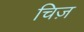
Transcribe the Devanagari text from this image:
चिज़